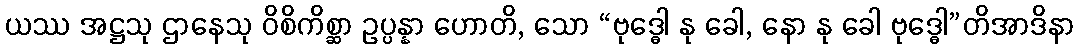
ယဿ အဋ္ဌသု ဌာနေသု ဝိစိကိစ္ဆာ ဥပ္ပန္နာ ဟောတိ, သော “ဗုဒ္ဓေါ နု ခေါ, နော နု ခေါ ဗုဒ္ဓေါ”တိအာဒိနာ